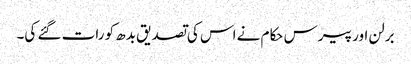
برلن اور پیرس حکام نے اس کی تصدیق بدھ کو رات گئے کی۔